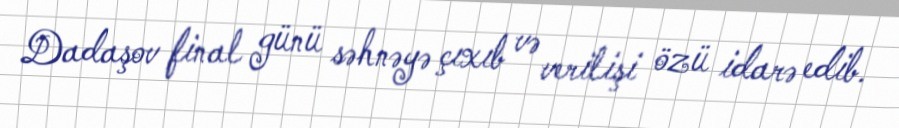
Dadaşov final günü səhnəyə çıxıb və verilişi özü idarə edib.